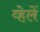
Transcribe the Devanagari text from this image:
व्हेलें